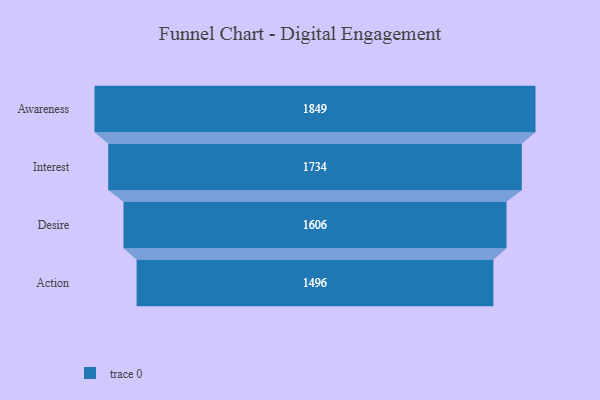
{"axis": {"x": "Stage", "y": "Value"}, "legend": [""], "data": [{"x": "Awareness", "y": 1849.0, "type": ""}, {"x": "Interest", "y": 1734.0, "type": ""}, {"x": "Desire", "y": 1606.0, "type": ""}, {"x": "Action", "y": 1496.0, "type": ""}]}